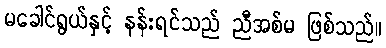
မခေါင်ရွယ်နှင့် နန်းရင်သည် ညီအစ်မ ဖြစ်သည်။